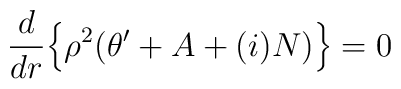
\frac{d}{dr} \Bigl\{ \rho^2 (\theta' +A + (i)N) \Bigr\} = 0